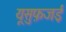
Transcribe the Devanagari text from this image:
यूसुफ़जई